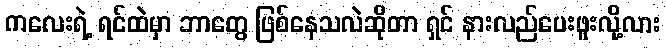
ကလေးရဲ့ ရင်ထဲမှာ ဘာတွေ ဖြစ်နေသလဲဆိုတာ ရှင် နားလည်ပေးဖူးလို့လား